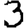
Digit: 3